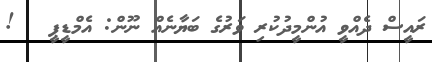
ރައީސް ދެއްވީ އުންމީދުކުރި ވަރުގެ ބަޔާނެއް ނޫން: އެމްޑީޕީ   !